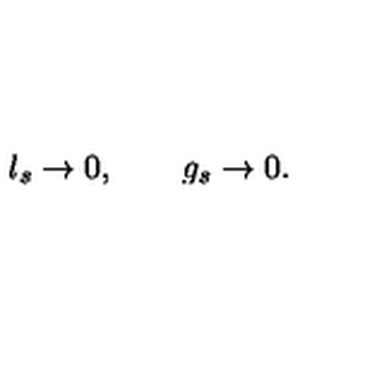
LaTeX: l _ { s } \rightarrow 0 , \qquad g _ { s } \rightarrow 0 .